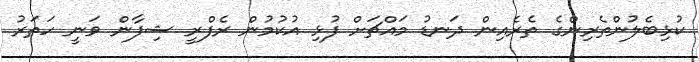
ކުޅިބެލުންތެރިންގެ ތެރެއިން ދަނޑު މައްޗަށް ފުޅި އުކުމުން ރެފްރީ ޝިފާން ވަނީ ހަތަރު